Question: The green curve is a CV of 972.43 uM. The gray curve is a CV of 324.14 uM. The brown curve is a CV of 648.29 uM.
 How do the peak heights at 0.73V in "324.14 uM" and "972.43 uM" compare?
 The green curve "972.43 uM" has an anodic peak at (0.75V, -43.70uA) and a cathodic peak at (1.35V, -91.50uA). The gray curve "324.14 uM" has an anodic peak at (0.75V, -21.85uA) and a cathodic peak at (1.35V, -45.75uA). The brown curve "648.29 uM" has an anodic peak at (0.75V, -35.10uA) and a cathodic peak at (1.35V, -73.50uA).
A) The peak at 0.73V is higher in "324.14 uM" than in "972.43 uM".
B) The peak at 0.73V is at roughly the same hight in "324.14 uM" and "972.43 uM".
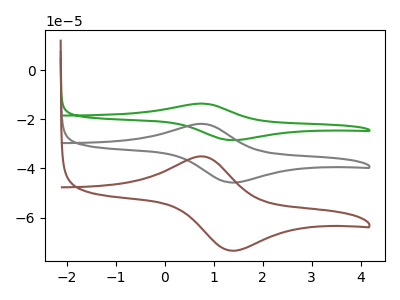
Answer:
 <answer>A) The peak at 0.73V is higher in "324.14 uM" than in "972.43 uM".</answer>
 <eval>A</eval>